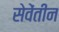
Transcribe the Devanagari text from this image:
सेवेंतीन